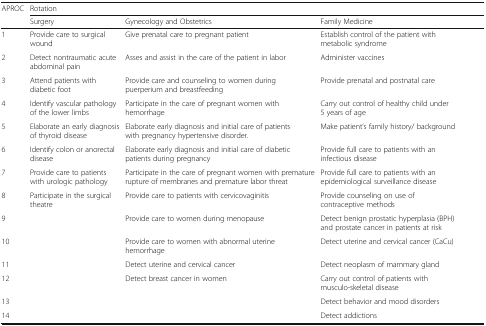
<table><thead><tr><td rowspan="2"><b>APROC</b></td><td colspan="3"><b>Rotation</b></td></tr><tr><td><b>Surgery</b></td><td><b>Gynecology and Obstetrics</b></td><td><b>Family Medicine</b></td></tr></thead><tbody><tr><td>1</td><td>Provide care to surgical wound</td><td>Give prenatal care to pregnant patient</td><td>Establish control of the patient with metabolic syndrome</td></tr><tr><td>2</td><td>Detect nontraumatic acute abdominal pain</td><td>Asses and assist in the care of the patient in labor</td><td>Administer vaccines</td></tr><tr><td>3</td><td>Attend patients with diabetic foot</td><td>Provide care and counseling to women during puerperium and breastfeeding</td><td>Provide prenatal and postnatal care</td></tr><tr><td>4</td><td>Identify vascular pathology of the lower limbs</td><td>Participate in the care of pregnant women with hemorrhage</td><td>Carry out control of healthy child under 5 years of age</td></tr><tr><td>5</td><td>Elaborate an early diagnosis of thyroid disease</td><td>Elaborate early diagnosis and initial care of patients with pregnancy hypertensive disorder.</td><td>Make patient’s family history/ background</td></tr><tr><td>6</td><td>Identify colon or anorectal disease</td><td>Elaborate early diagnosis and initial care of diabetic patients during pregnancy</td><td>Provide full care to patients with an infectious disease</td></tr><tr><td>7</td><td>Provide care to patients with urologic pathology</td><td>Participate in the care of pregnant women with premature rupture of membranes and premature labor threat</td><td>Provide full care to patients with an epidemiological surveillance disease</td></tr><tr><td>8</td><td>Participate in the surgical theatre</td><td>Provide care to patients with cervicovaginitis</td><td>Provide counseling on use of contraceptive methods</td></tr><tr><td>9</td><td></td><td>Provide care to women during menopause</td><td>Detect benign prostatic hyperplasia (BPH) and prostate cancer in patients at risk</td></tr><tr><td>10</td><td></td><td>Provide care to women with abnormal uterine hemorrhage</td><td>Detect uterine and cervical cancer (CaCu)</td></tr><tr><td>11</td><td></td><td>Detect uterine and cervical cancer</td><td>Detect neoplasm of mammary gland</td></tr><tr><td>12</td><td></td><td>Detect breast cancer in women</td><td>Carry out control of patients with musculo-skeletal disease</td></tr><tr><td>13</td><td></td><td></td><td>Detect behavior and mood disorders</td></tr><tr><td>14</td><td></td><td></td><td>Detect addictions</td></tr></tbody></table>